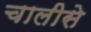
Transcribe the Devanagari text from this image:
चालीसे